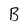
Character: B